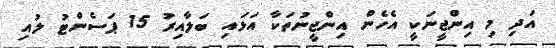
އަދި މި އިންޖީނަކީ އެހެން އިންޖީނުތަކާ އަޅައި ބަލާއިރު 15 ޕަސެންޓު ލުއި